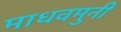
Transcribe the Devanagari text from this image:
माधवमुनी